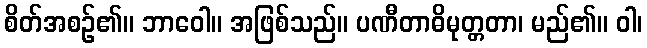
စိတ်အစဉ်၏။ ဘာဝေါ။ အဖြစ်သည်။ ပဏီတာဓိမုတ္တတာ၊ မည်၏။ ဝါ၊